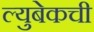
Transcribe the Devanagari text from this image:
ल्युबेकची